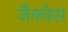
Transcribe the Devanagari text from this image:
जैक्वेस